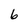
Character: 6